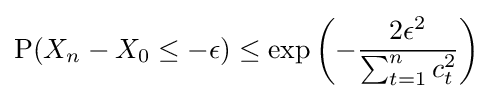
{\text{P}}(X_{n}-X_{0}\leq -\epsilon )\leq \exp \left(-{\frac {2\epsilon ^{2}}{\sum _{t=1}^{n}c_{t}^{2}}}\right)